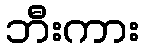
ဘီးကား